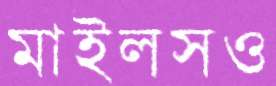
মাইলসও